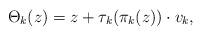
LaTeX: \begin{align*}\Theta_{k}(z)= z + \tau_k(\pi_k(z))\cdot v_k, \end{align*}